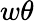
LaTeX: w\theta